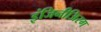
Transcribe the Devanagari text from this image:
इंजिनीअिरग